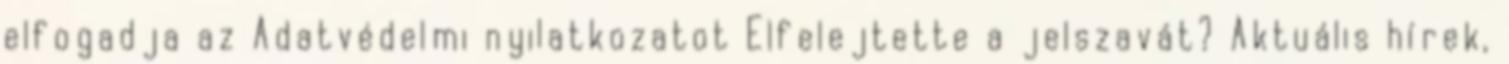
elfogadja az Adatvédelmi nyilatkozatot Elfelejtette a jelszavát? Aktuális hírek,